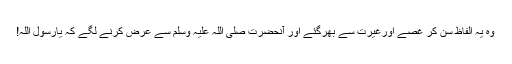
وہ یہ الفاظ سن کر غصے اورغیرت سے بھرگئے اور آنحضرت صلی اللہ علیہ وسلم سے عرض کرنے لگے کہ یارسول اللہ!